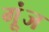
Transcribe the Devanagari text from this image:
गू्ंज